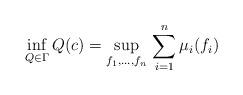
LaTeX: \begin{gather*}\inf_{Q\in\Gamma}Q(c)=\sup_{f_1,\ldots,f_n}\,\sum_{i=1}^n\mu_i(f_i)\end{gather*}